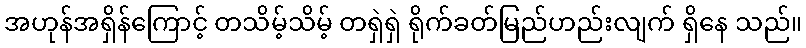
အဟုန်အရှိန်ကြောင့် တသိမ့်သိမ့် တရှဲရှဲ ရိုက်ခတ်မြည်ဟည်းလျက် ရှိနေ သည်။